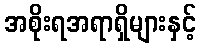
အစိုးရအရာရှိများနှင့်